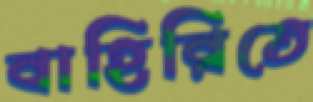
বাহিরিতে